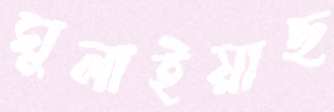
ঘুলাইয়াছ